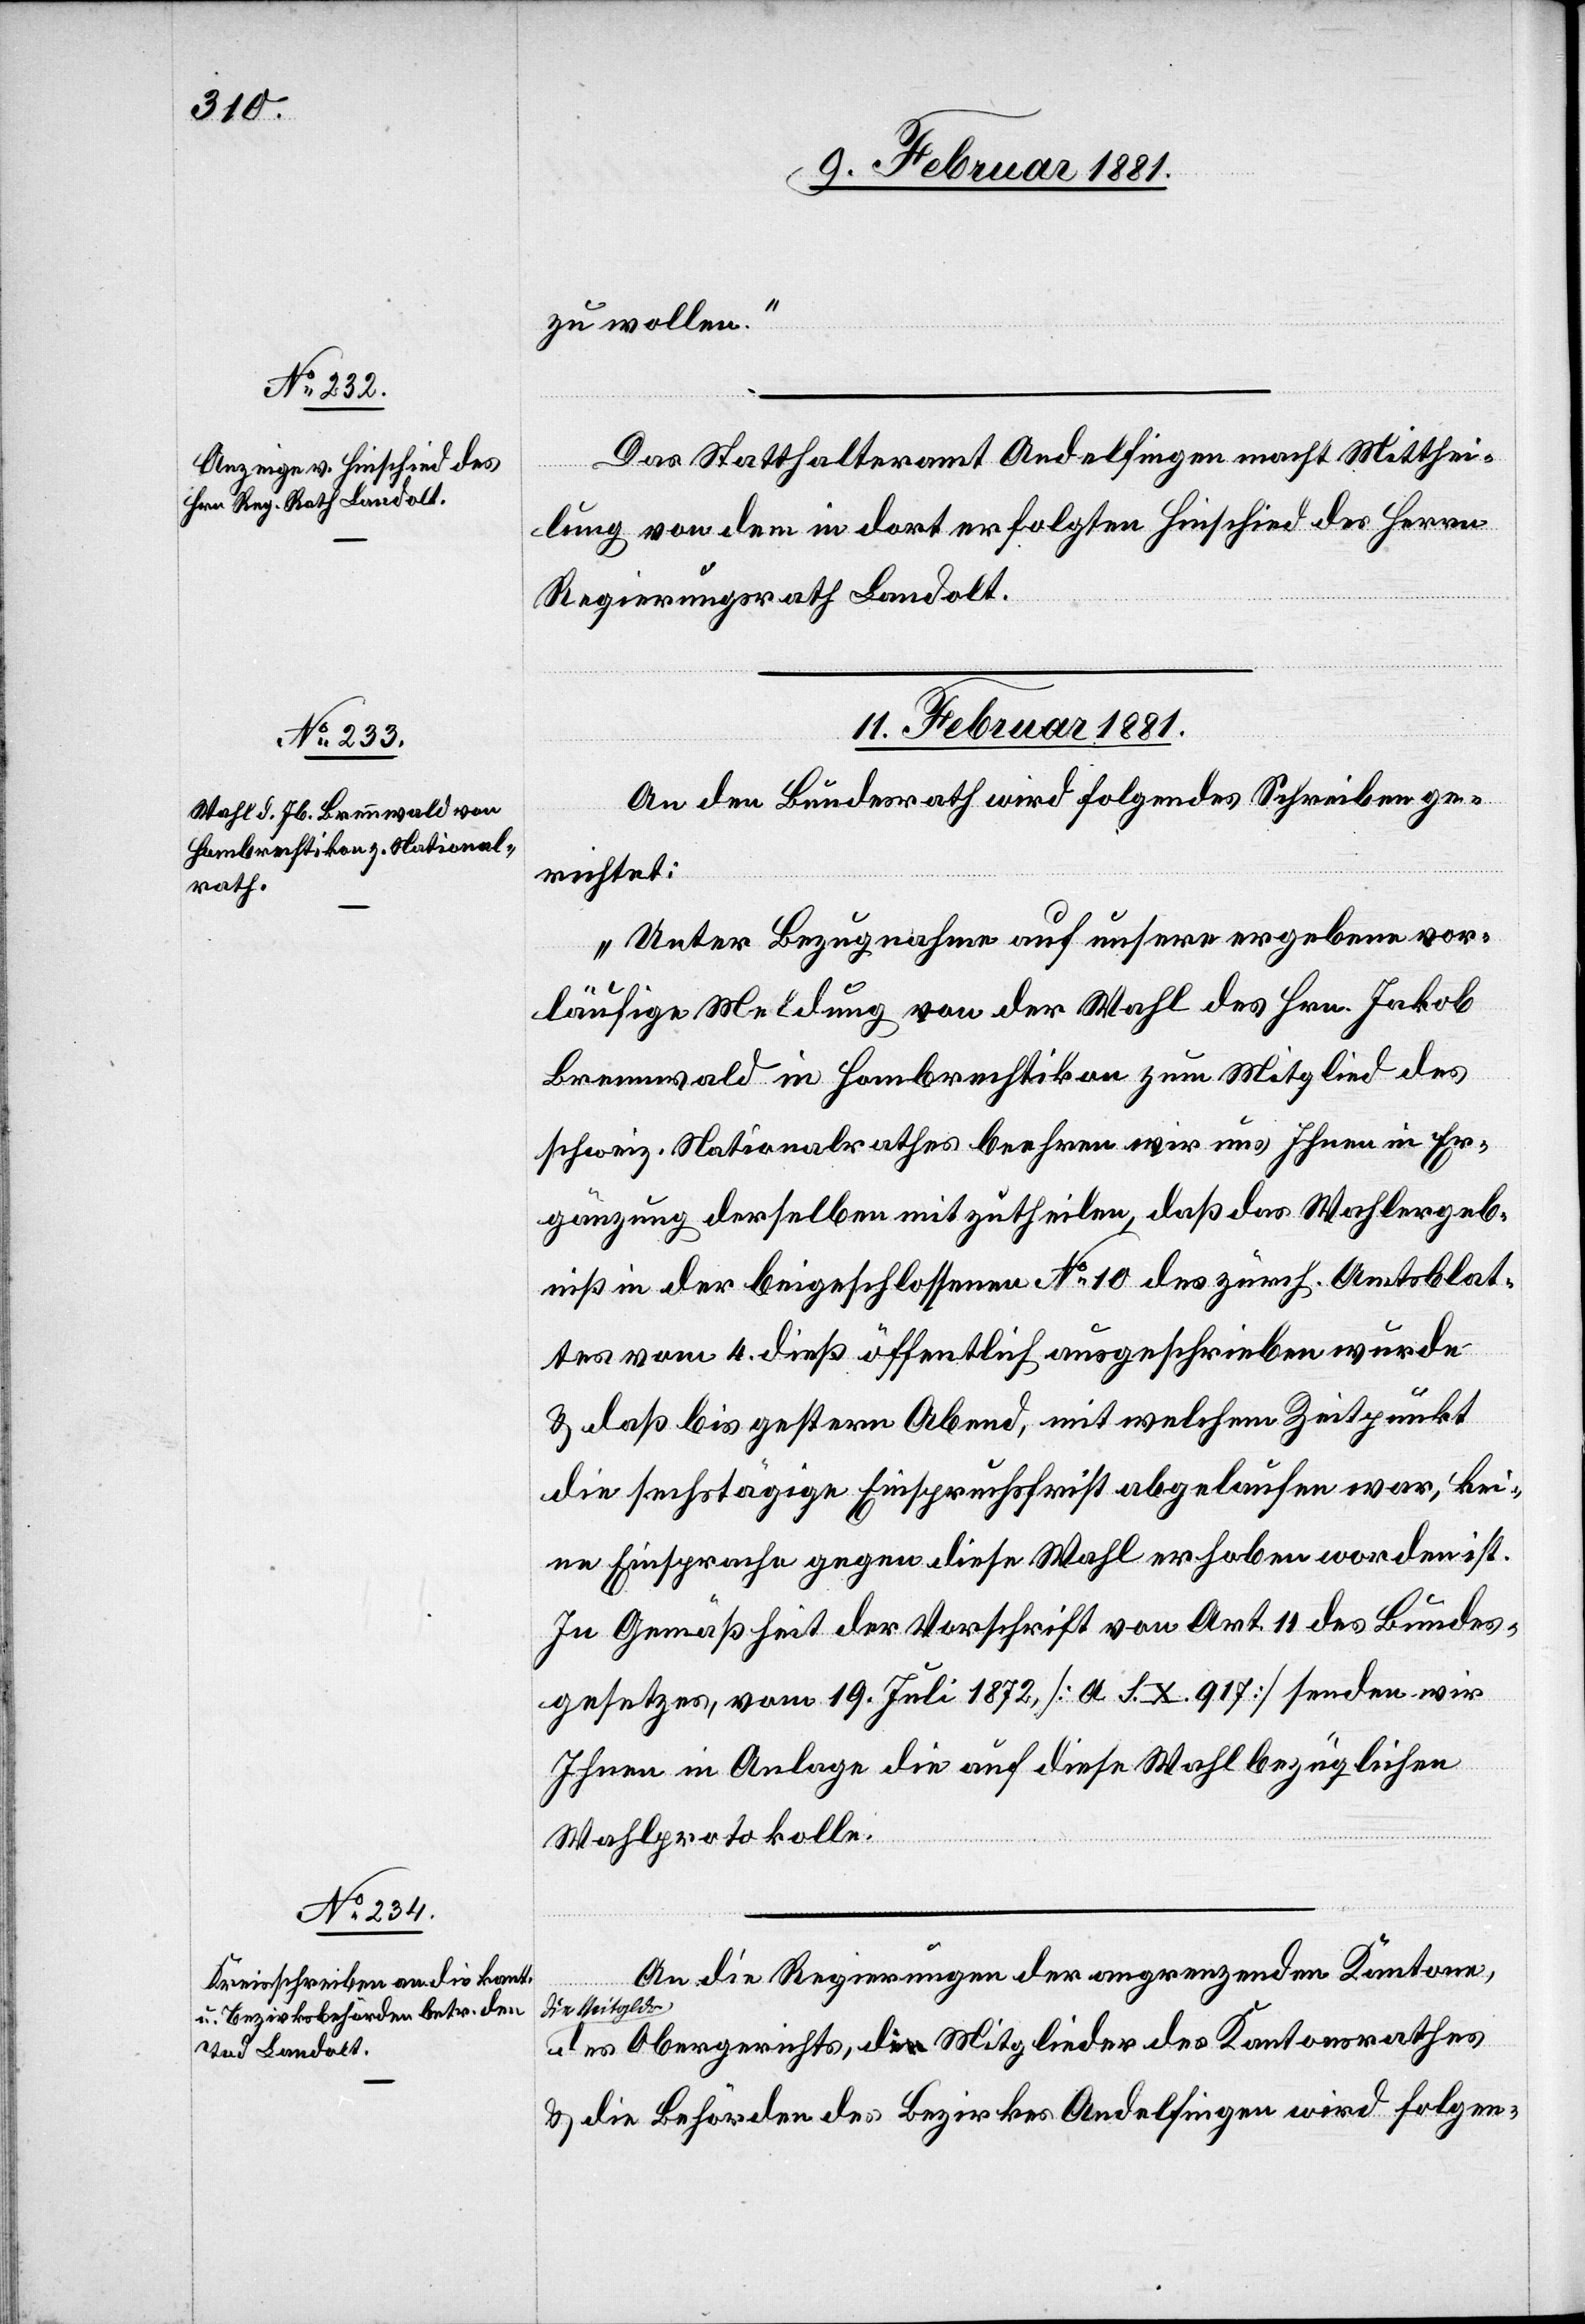
10. Februar 1881.]
zu wollen.“
Das Statthalteramt Andelfingen macht Mitthei¬
lung von dem in dort erfolgten Hinschied des Herrn
Regierungsrath Landolt.
11. Februar 1881.]
An den Bundesrath wird folgendes Schreiben ge¬
richtet:
„Unter Bezugnahme auf unsere ergebene vor¬
läufige Meldung von der Wahl des Hrn. Jakob
Brennwald in Hombrechtikon zum Mitglied des
schweiz. Nationalrathes beehren wir und Ihnen in Er¬
gänzung desselben mitzutheilen, daß das Wahlergeb¬
niß in der beigeschlossenen No 10 des zürch. Amtsblat¬
tes vom 4. dieß öffentlich ausgeschrieben wurde
& daß bis gestern Abend, mit welchem Zeitpunkt
die sechstägige Einsprachefrist abgelaufen war, kei¬
ne Einsprache gegen diese Wahl erhoben worden ist.
In Gemäßheit der Vorschrift von Art. 11 des Bundes¬
gesetzes, vom 19. Juli 1872, [a S. X. 917] senden wir
Ihnen in Anlage die auf diese Wahl bezüglichen
Wahlprotokolle.“
An die Regierungen der angrenzenden Kantone,
die Mitgldr.
des Obergerichts, Mitglieder des Kantonsrathes
& die Behörden des Bezirkes Andelfingen wird folgen-